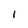
Character: 1